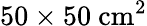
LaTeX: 50\times 50~\mathrm{cm^{2}}